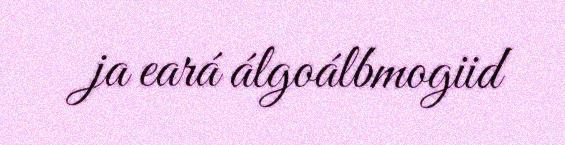
ja eará álgoálbmogiid